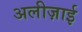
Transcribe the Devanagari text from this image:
अलीज़ाई